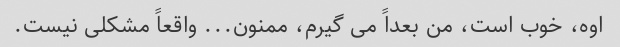
اوه، خوب است، من بعداً می گیرم، ممنون... واقعاً مشکلی نیست.